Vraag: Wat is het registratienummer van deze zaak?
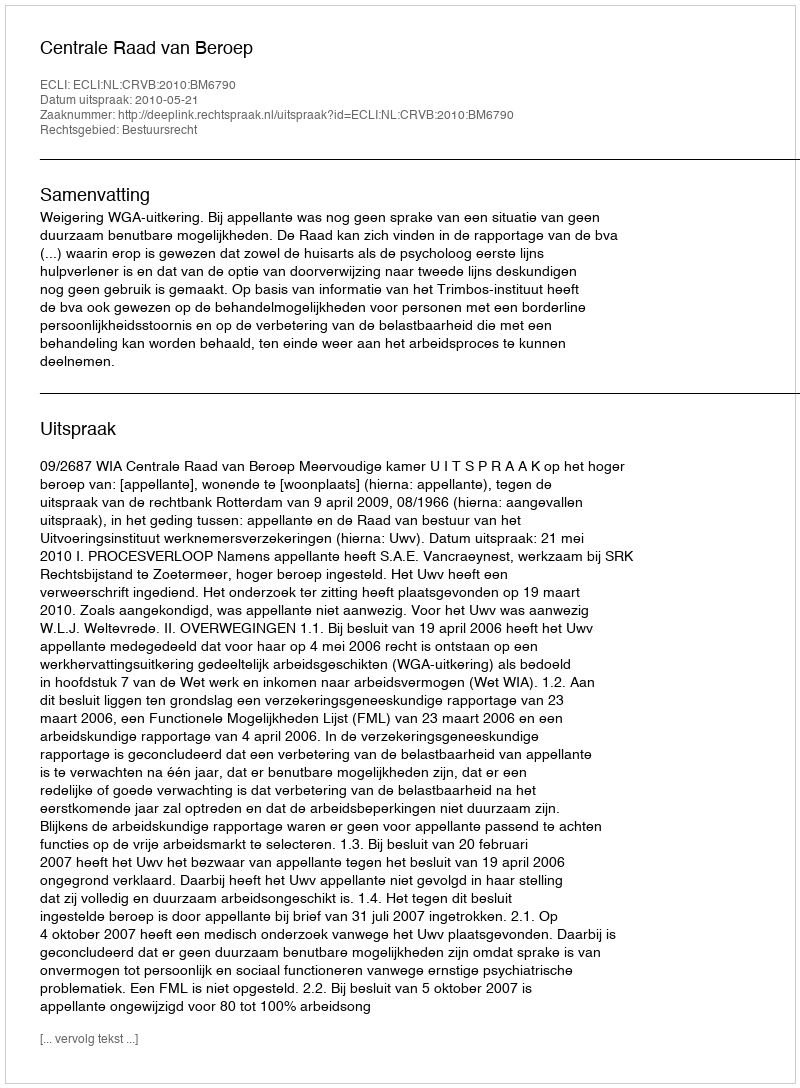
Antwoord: http://deeplink.rechtspraak.nl/uitspraak?id=ECLI:NL:CRVB:2010:BM6790